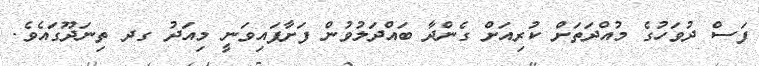
ފަސް ދުވަހުގެ މުއްދަތަށް ކުރިއަށް ގެންދާ ބައްދަލުވުން ފަށާފައިވަނީ މިއަދު ގދ ތިނަދޫގައެވެ.